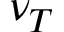
\nu _ { T }